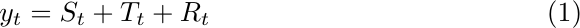
\begin{equation}\label{add_model}
	y_t = S_t + T_t + R_t
\end{equation}